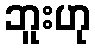
ဘူးဟု